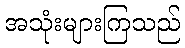
အသုံးများကြသည်